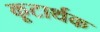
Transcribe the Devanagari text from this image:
कूटार्थक